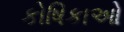
કોષિકાઓ